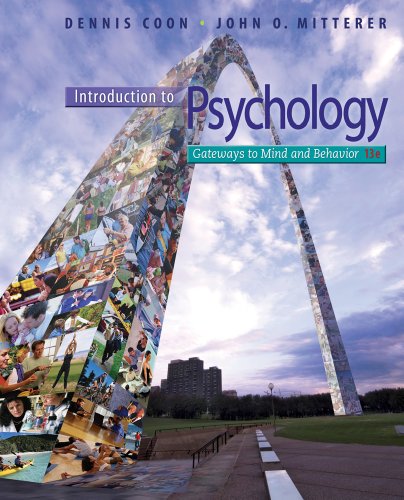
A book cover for Introduction to Psychology: Gateways to Mind and Behavior, 13th Edition; Dennis Coon; Health, Fitness & Dieting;